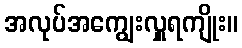
အလုပ်အကျွေးလှူရကျိုး။